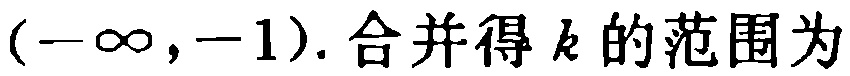
\((-\infty,-1). 合并得k的范围为\)